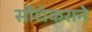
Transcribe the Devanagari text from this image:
सौंधेकराने